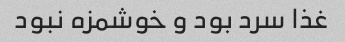
غذا سرد بود و خوشمزه نبود